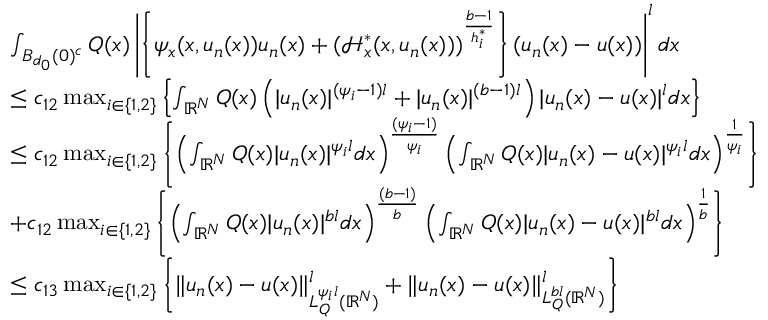
\begin{array} { r l } & { \int _ { B _ { d _ { 0 } } ( 0 ) ^ { c } } Q ( x ) \left| \left\lbrace \psi _ { x } ( x , u _ { n } ( x ) ) u _ { n } ( x ) + ( \mathcal { H } _ { x } ^ { * } ( x , u _ { n } ( x ) ) ) ^ { \frac { b - 1 } { h _ { i } ^ { * } } } \right\rbrace ( u _ { n } ( x ) - u ( x ) ) \right| ^ { l } d x } \\ & { \leq c _ { 1 2 } \operatorname* { m a x } _ { i \in \{ 1 , 2 \} } \left\lbrace \int _ { { \mathbb R } ^ { N } } Q ( x ) \left( | u _ { n } ( x ) | ^ { ( \psi _ { i } - 1 ) l } + | u _ { n } ( x ) | ^ { ( b - 1 ) l } \right) | u _ { n } ( x ) - u ( x ) | ^ { l } d x \right\rbrace } \\ & { \leq c _ { 1 2 } \operatorname* { m a x } _ { i \in \{ 1 , 2 \} } \left\lbrace \left( \int _ { { \mathbb R } ^ { N } } Q ( x ) | u _ { n } ( x ) | ^ { \psi _ { i } l } d x \right) ^ { \frac { ( \psi _ { i } - 1 ) } { \psi _ { i } } } \left( \int _ { { \mathbb R } ^ { N } } Q ( x ) | u _ { n } ( x ) - u ( x ) | ^ { \psi _ { i } l } d x \right) ^ { \frac { 1 } { \psi _ { i } } } \right\rbrace } \\ & { + c _ { 1 2 } \operatorname* { m a x } _ { i \in \{ 1 , 2 \} } \left\lbrace \left( \int _ { { \mathbb R } ^ { N } } Q ( x ) | u _ { n } ( x ) | ^ { b l } d x \right) ^ { \frac { ( b - 1 ) } { b } } \left( \int _ { { \mathbb R } ^ { N } } Q ( x ) | u _ { n } ( x ) - u ( x ) | ^ { b l } d x \right) ^ { \frac { 1 } { b } } \right\rbrace } \\ & { \leq c _ { 1 3 } \operatorname* { m a x } _ { i \in \{ 1 , 2 \} } \left\lbrace \| u _ { n } ( x ) - u ( x ) \| _ { L _ { Q } ^ { \psi _ { i } l } ( { \mathbb R } ^ { N } ) } ^ { l } + \| u _ { n } ( x ) - u ( x ) \| _ { L _ { Q } ^ { b l } ( { \mathbb R } ^ { N } ) } ^ { l } \right\rbrace } \end{array}